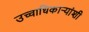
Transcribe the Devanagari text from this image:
उच्चाधिकाऱ्यांशी